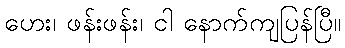
ဟေး၊ ဖန်းဖန်း၊ ငါ နောက်ကျပြန်ပြီ။